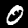
Label: 0